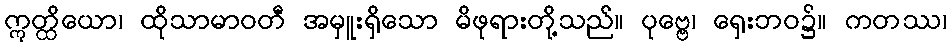
ဣတ္ထိယော၊ ထိုသာမာဝတီ အမှူးရှိသော မိဖုရားတို့သည်။ ပုဗ္ဗေ၊ ရှေးဘဝ၌။ ကတဿ၊